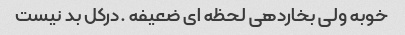
خوبه ولی بخاردهی لحظه ای ضعیفه .درکل بد نیست